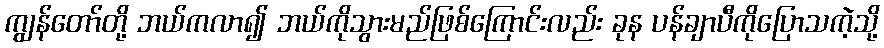
ကျွန်တော်တို့ ဘယ်ကလာ၍ ဘယ်ကိုသွားမည်ဖြစ်ကြောင်းလည်း ခုန ပန်ချာပီကိုပြောသကဲ့သို့